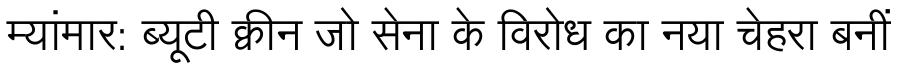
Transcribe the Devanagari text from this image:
म्यांमार: ब्यूटी क्वीन जो सेना के विरोध का नया चेहरा बनीं